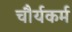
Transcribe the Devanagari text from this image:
चौर्यकर्म